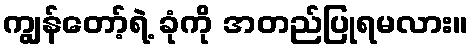
ကျွန်တော့်ရဲ့ ခုံကို အတည်ပြုရမလား။